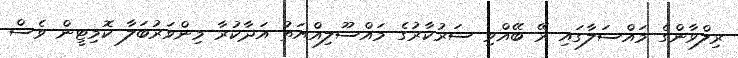
ރިލްވާންގެ މައްސަލާގައި ރޭ ބޭއްވި ސަރުކާރުގެ މައްސޫލިއްޔަތު އަދާކުރާ މިންވަރުބަލާ ކޮމިޓީން ވެސް